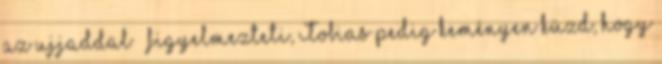
az ujjaddal – figyelmezteti, Tobias pedig keményen küzd, hogy